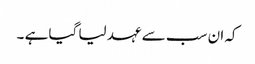
کہ ان سب سے عہد لیا گیا ہے ۔